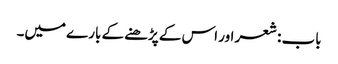
باب : شعر اور اس کے پڑھنے کے بارے میں۔